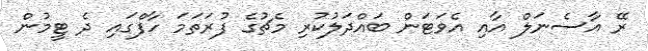
ރޭ އާސެނަލް އާއި އެވަޓަން ބައްދަލުކުރި މެޗުގެ ފުރަތަމަ ހާފްގައި ދެ ޓީމުން